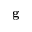
\mathbf { g }